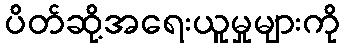
ပိတ်ဆို့အရေးယူမှုများကို